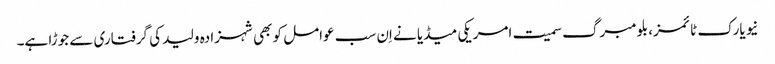
نیویارک ٹائمز، بلومبرگ سمیت امریکی میڈیا نے اِن سب عوامل کو بھی شہزادہ ولید کی گرفتاری سے جوڑا ہے۔